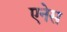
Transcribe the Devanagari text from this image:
एनेस